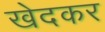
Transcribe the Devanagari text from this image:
खेदकर